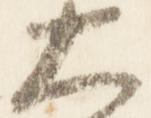
大